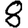
Digit: 8